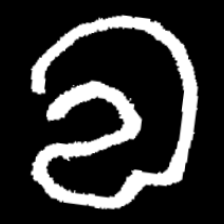
Pyu character \u2014 Myanmar letter: လ (romanized: la)